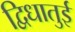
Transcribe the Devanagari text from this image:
द्विधातुई